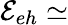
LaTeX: \mathcal{E}_{eh}\simeq